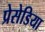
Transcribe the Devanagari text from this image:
प्रेसेडिया